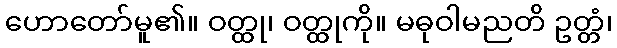
ဟောတော်မူ၏။ ဝတ္ထု၊ ဝတ္ထုကို။ မဓုဝါမညတိ ဥတ္တံ၊